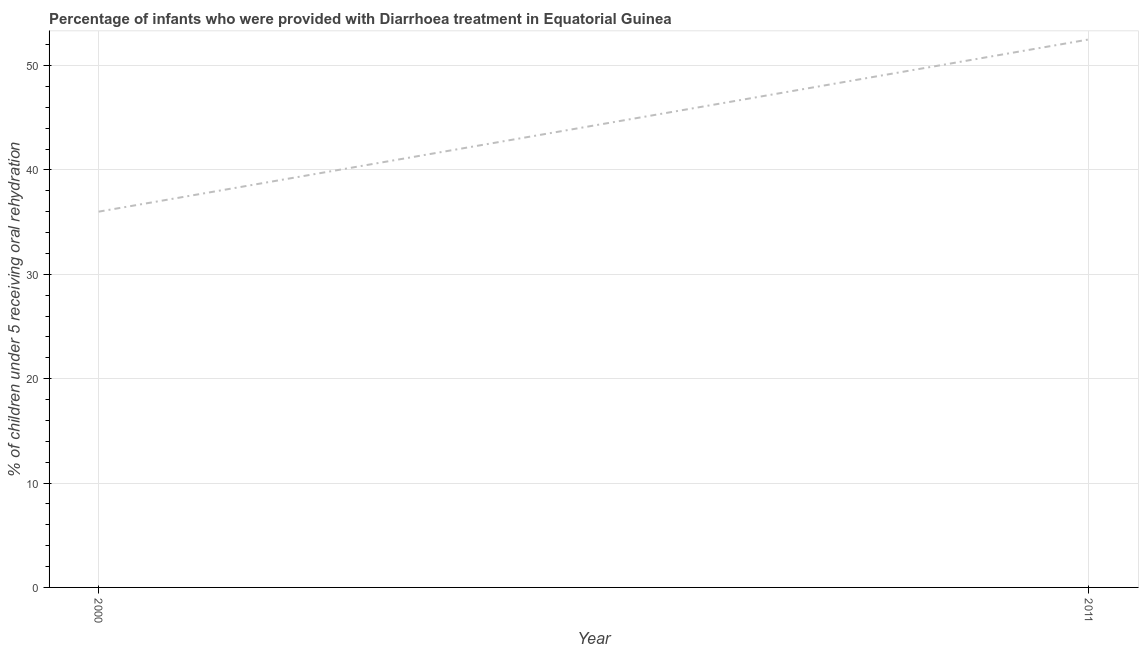
| Year | Diarrhea treatment |
 | --- | --- |
 | 2000 | 36 |
 | 2011 | 52.5 |